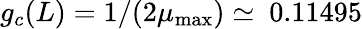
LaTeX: g_{c}(L)=1/(2\mu_{\mathrm{max}})\simeq~0.11495